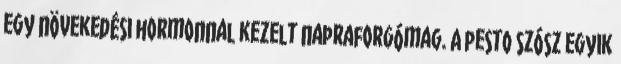
egy növekedési hormonnal kezelt napraforgómag. A pesto szósz egyik